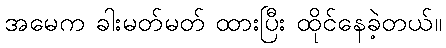
အမေက ခါးမတ်မတ် ထားပြီး ထိုင်နေခဲ့တယ်။